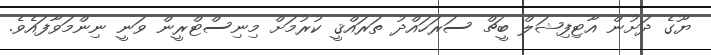
ޔޫގެ ދަށުން އާޓިފިޝަލް ބީޗް ސަރަހައްދު ތަރައްޤީ ކުރުމަށް މިނިސްޓްރީން ވަނީ ނިންމަވާފައެވެ.